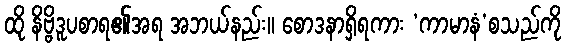
ထို နိဗ္ဗိဒူပစာရ၏အရ အဘယ်နည်း။ စောဒနာရှိရကား ‘ကာမာနံ’စသည်ကို